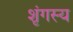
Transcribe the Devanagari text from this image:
शृंगस्य